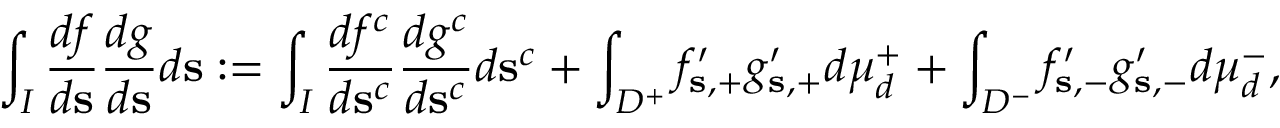
\int _ { I } \frac { d f } { d \mathbf { s } } \frac { d g } { d \mathbf { s } } d \mathbf { s } : = \int _ { I } \frac { d f ^ { c } } { d \mathbf { s } ^ { c } } \frac { d g ^ { c } } { d \mathbf { s } ^ { c } } d \mathbf { s } ^ { c } + \int _ { D ^ { + } } f _ { \mathbf { s } , + } ^ { \prime } g _ { \mathbf { s } , + } ^ { \prime } d \mu _ { d } ^ { + } + \int _ { D ^ { - } } f _ { \mathbf { s } , - } ^ { \prime } g _ { \mathbf { s } , - } ^ { \prime } d \mu _ { d } ^ { - } ,